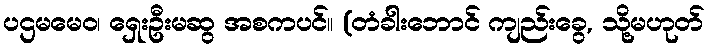
ပဌမမေဝ၊ ရှေးဦးမဆွ အစကပင်။ (တံခါးဘောင် ကျည်းခွေ, သို့မဟုတ်